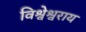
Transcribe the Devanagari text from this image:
विश्वेश्वराय